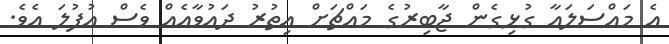
އެ މައްސަލައާ ގުޅިގެން ޖާބިރުގެ މައްޗަށް އިތުރު ދައުވާއެއް ވެސް އުފުލަ އެވެ.